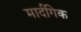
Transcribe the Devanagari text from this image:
मार्दगिक